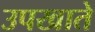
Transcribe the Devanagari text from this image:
उपखाते